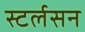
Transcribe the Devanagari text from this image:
स्टर्लसन